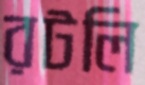
রটলি